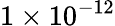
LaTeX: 1\times 10^{-12}